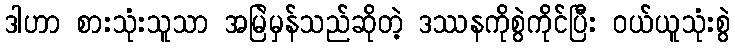
ဒါဟာ စားသုံးသူသာ အမြဲမှန်သည်ဆိုတဲ့ ဒဿနကိုစွဲကိုင်ပြီး ဝယ်ယူသုံးစွဲ